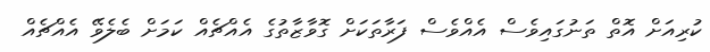
ކުރިއަށް އޮތް ތަނުގައިވެސް އެއްވެސް ފަރާތަކަށް ގޮވާޒާތުގެ އެއްޗެއް ކަމަށް ބެލެވޭ އެއްޗެއް